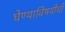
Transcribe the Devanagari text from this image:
घेण्याविषयीची